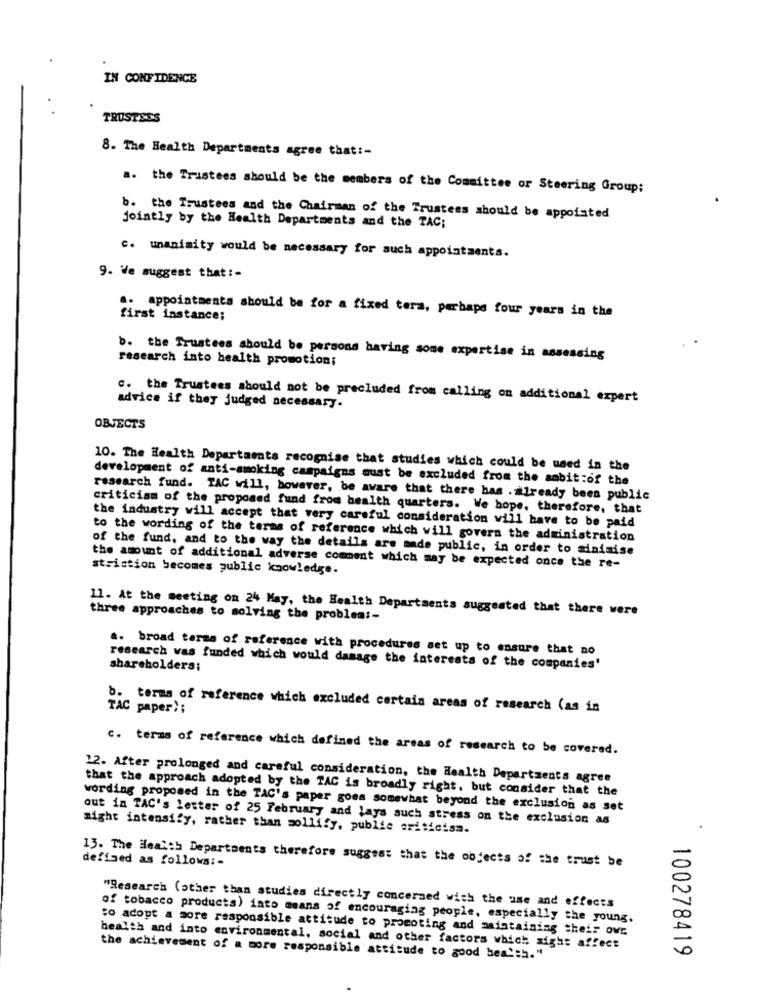
IN CONFIDENCE
TRUSTSSS
8. The Health Departments agree that :-
a. the Trustees should be the members of the Committee or Steering Group:
.
b. the Trustees and the Chairman of the Trustees should be appointed
jointly by the Health Departments and the TAC;
c. unanimity would be necessary for auch appointments.
9. We suggest that :-
.. appointments should be for a fixed tera, perhaps four years in the
first instance;
research into health promotion;
b. the Trustees should be persons having some expertise in assessing
c. the Trustees should not be precluded from calling on additional expert
advice if they judged necessary.
OBJECTS
10. The Health Departaents recognise that studies which could be used in the
development of anti-smoking campaigns must be excluded from the ambit:of the
research fund. TAC will, however, be aware that there has .already been public
criticism of the proposed fund from health quarters. We hope, therefore, that
the industry will accept that very careful consideration will have to be paid
to the wording of the terms of reference which will govern the administration
of the fund, and to the way the details are made public, in order to minimise
stristion becomes public knowledge.
the amount of additional adverse comment which may be expected once the re-
11. At the meeting on 24 May, the Health Departments suggested that there were
three approaches to solving the problem :-
a. broad terms of reference with procedures set up to ensure that no
research was funded which would damage the interests of the companies'
shareholders;
TAC paper);
b. terms of reference which excluded certain areas of research (as in
c. terms of reference which defined the areas of research to be covered.
12. After prolonged and careful consideration, the Health Departments agree
that the approach adopted by the TAC is broadly right, but consider that the
wording proposed in the TAC's paper goes somewhat beyond the exclusion as set
out in TAC's letter of 25 February and lays such stress on the exclusion as
might intensify, rather than sollify, publie criticism.
defined as follows: -
13. The Health Departments therefore suggest that the objects of the trust be
"Research (other than studies directly concerned with the use and effects
of tobacco products) into means of encouraging people, especially the young.
to adopt a more responsible attitude to promoting and maintaining their ovs
health and into environmental, social and other factors which might affect
the achievement of a more responsible attitude to good health."
100278419